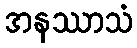
အနဿာသံ